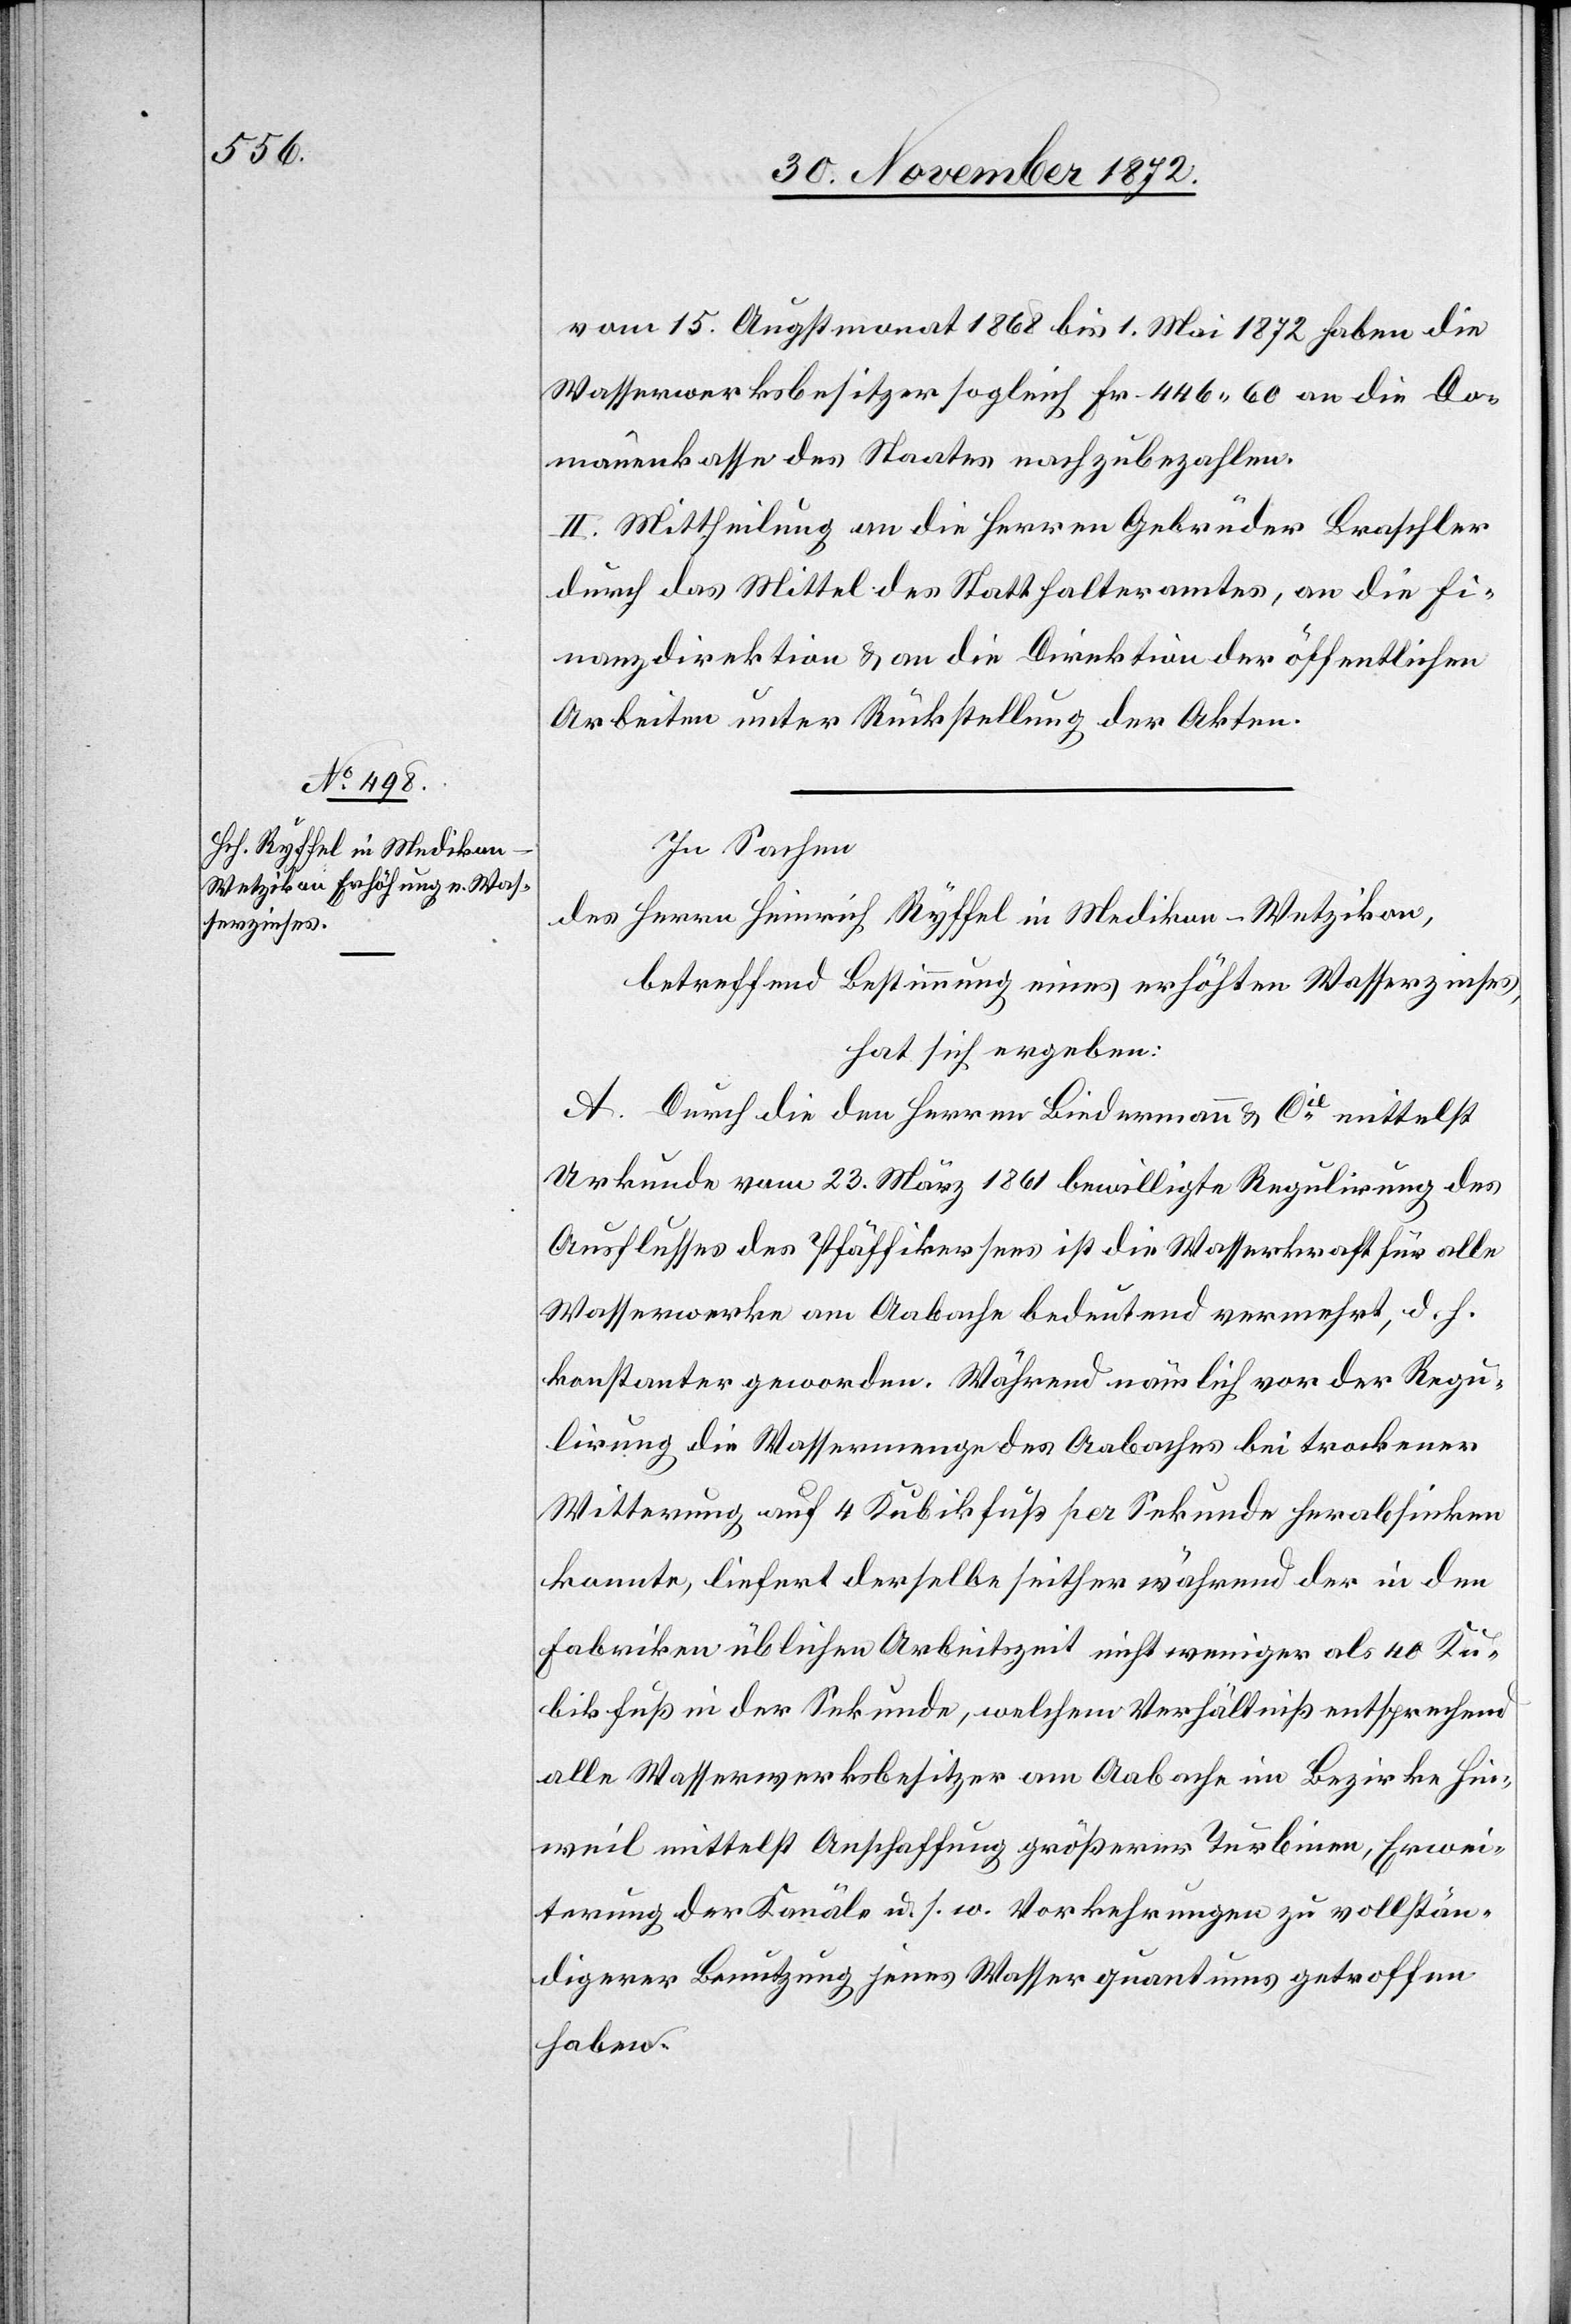
vom 15. Augstmonat 1868 bis 1. Mai 1872 haben die
Wasserwerksbesitzer sogleich Fr. 446 60 an die Do¬
mänenkasse des Staates nachzubezahlen.
II. Mittheilung an die Herren Gebrüder Braschler
durch das Mittel des Statthalteramtes, an die Fi¬
nanzdirektion u. an die Direktion der öffentlichen
Arbeiten unter Rückstellung der Akten.
In Sachen
des Herrn Heinrich Ryffel in Medikon-Wetzikon,
betreffend Bestimmung eines erhöhten Wasserzinses,
hat sich ergeben:
A. Durch die den Herren Biedermann u. Cie mittelst
Urkunde vom 23. März 1861 bewilligte Regulirung des
Ausflusses des Pfäffikersees ist die Wasserkraft für alle
Wasserwerke am Aabache bedeutend vermehrt, d. h.
konstanter geworden. Während nämlich vor der Regu¬
lirung die Wassermenge des Aabaches bei trockener
Witterung auf 4 Kubikfuß per Sekunde herabsinken
konnte, liefert derselbe seither während der in den
Fabriken üblichen Arbeitszeit nicht weniger als 40 Ku¬
bikfuß in der Sekunde, welchem Verhältniß entsprechend
alle Wasserwerksbesitzer am Aabache im Bezirke Hin¬
weil mittelst Anschaffung größerer Turbinen, Erwei¬
terung der Kanäle u. s. w. Vorkehrungen zu vollstän¬
digerer Benutzung jenes Wasserquantums getroffen
haben.